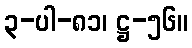
၃-ပါ-၈၁၊ ဋ္ဌ-၅၆။